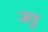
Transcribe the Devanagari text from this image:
जतु